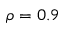
\rho = 0 . 9